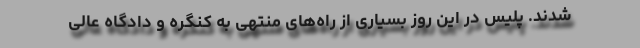
شدند. پلیس در این روز بسیاری از راه‌های منتهی به کنگره و دادگاه عالی